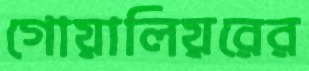
গোয়ালিয়রের